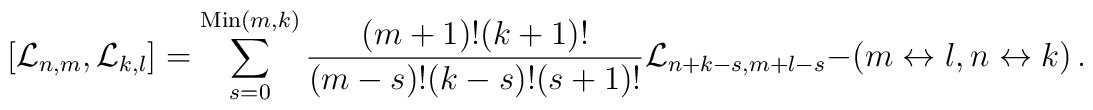
[{\cal L}_{n,m},{\cal L}_{k,l}] = \sum_{s=0}^{{\rm Min}(m,k)}         {(m+1)!(k+1)! \over (m-s)!(k-s)!(s+1)!}         {\cal L}_{n+k-s,m+l-s} - (m \leftrightarrow l,          n \leftrightarrow k) \,.